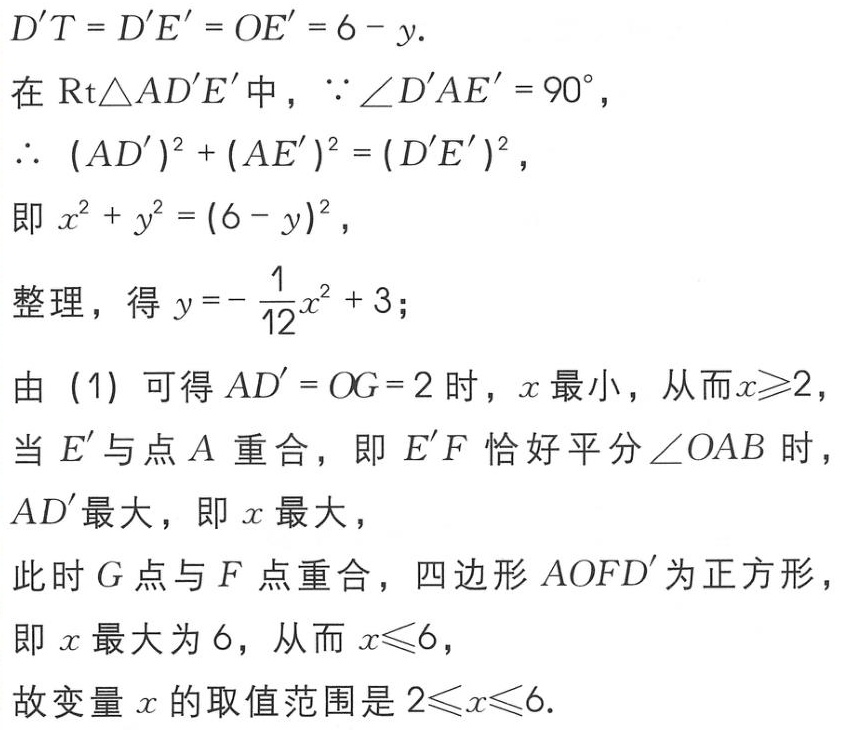
\[
\begin{align*}
D'T = D'E' = OE' &= 6 - y.\\
\end{align*}
\]
在\(\text{Rt}\triangle AD'E'\)中，\(\because\angle D'AE' = 90^{\circ}\)，
\(\therefore (AD')^{2}+(AE')^{2}=(D'E')^{2}\)，
即\(x^{2}+y^{2}=(6 - y)^{2}\)，
整理，得\(y =-\frac{1}{12}x^{2}+3\)；
由（1）可得\(AD' = OG = 2\)时，\(x\)最小，从而\(x\geqslant2\)，
当\(E'\)与点\(A\)重合，即\(E'F\)恰好平分\(\angle OAB\)时，
\(AD'\)最大，即\(x\)最大，
此时\(G\)点与\(F\)点重合，四边形\(AOFD'\)为正方形，
即\(x\)最大为\(6\)，从而\(x\leqslant6\)，
故变量\(x\)的取值范围是\(2\leqslant x\leqslant6\).